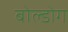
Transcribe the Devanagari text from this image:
बोल्डोग